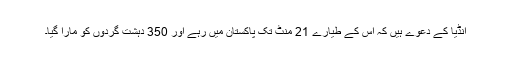
انڈیا کے دعوے ہیں کہ اس کے طیارے 21 منٹ تک پاکستان میں رہے اور 350 دہشت گردوں کو مارا گیا۔